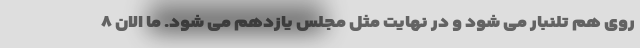
روی هم تلنبار می شود و در نهایت مثل مجلس یازدهم می شود. ما الان ۸